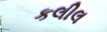
કલીલ